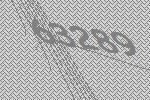
63289